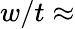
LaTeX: w/t\approx